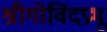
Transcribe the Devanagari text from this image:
श्रीगोविंदप्रभू